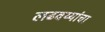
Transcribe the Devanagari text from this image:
लढवय्यांचा